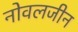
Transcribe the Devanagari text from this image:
नोवलजीन